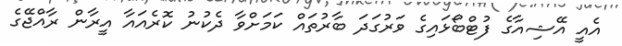
އެއީ އޭޝިއާގެ ފުޓްބޯޅައިގެ ވަރުގަދަ ބާރުތައް ކަމަށްވާ ދެކުނު ކޮރެއައާ އީރާން ރާއްޖޭގެ